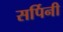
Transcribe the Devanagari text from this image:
सर्पिनी